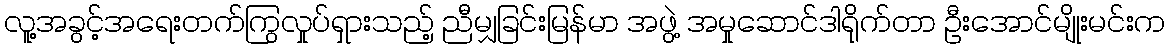
လူ့အခွင့်အရေးတက်ကြွလှုပ်ရှားသည့် ညီမျှခြင်းမြန်မာ အဖွဲ့ အမှုဆောင်ဒါရိုက်တာ ဦးအောင်မျိုးမင်းက